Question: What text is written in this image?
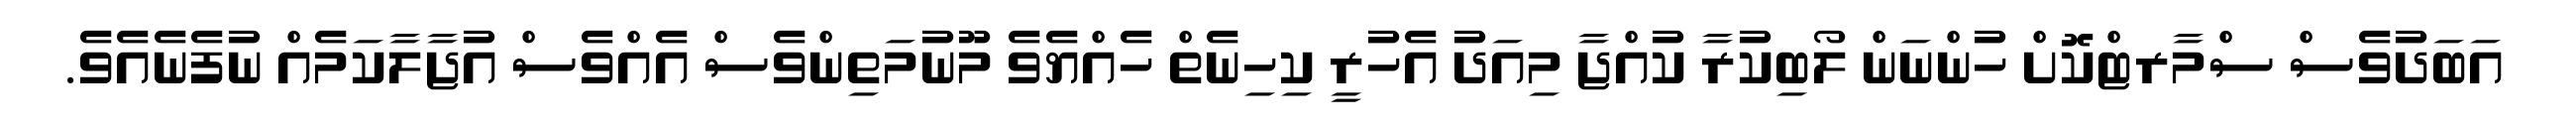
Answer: އަބަދުވެސް ސްމާރޓްކޮށް ހުންނަން ލޯބިކުރާ ކުއްޖާ މިއަދު އެހުރީ ކިހިނެތް ހެއްޔެވެ މޫނުމަތިންވެސް އެއްވެސް އުޖާލާކަމެއް ނުފެނެއެވެ.